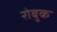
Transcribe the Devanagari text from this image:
रोबुक